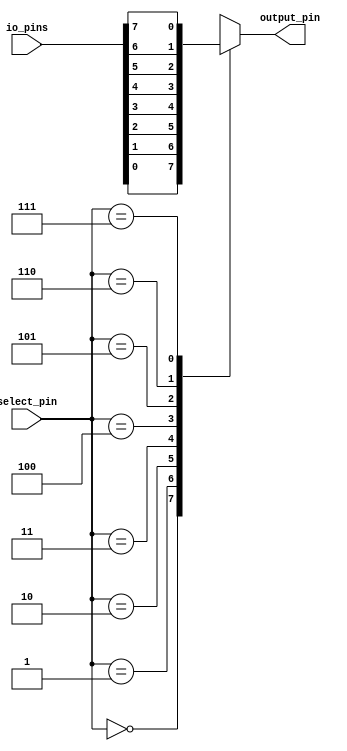
module io_buffer(
  input [7:0] io_pins,
  input [2:0] select_pin,
  output reg output_pin
);

always @ (select_pin or io_pins)
  case (select_pin)
    3'b000: output_pin <= io_pins[0];
    3'b001: output_pin <= io_pins[1];
    3'b010: output_pin <= io_pins[2];
    3'b011: output_pin <= io_pins[3];
    3'b100: output_pin <= io_pins[4];
    3'b101: output_pin <= io_pins[5];
    3'b110: output_pin <= io_pins[6];
    3'b111: output_pin <= io_pins[7];
  endcase

endmodule